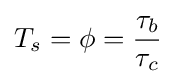
T_{s}=\phi ={\frac {\tau _{b}}{\tau _{c}}}